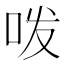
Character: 𭇜